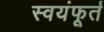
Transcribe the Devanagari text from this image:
स्वयंफूर्त